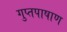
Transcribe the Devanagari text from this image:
गुप्तपाषाण